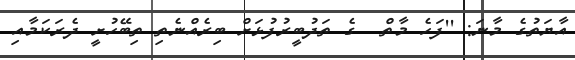
އާޔަތުގެ މާނަ: ''ފަހެ މާތް  ގެ ތަދުބީރުފުޅަށް ބިރެއްނެތި ތިބޭހުށީ ދެރަކަމާއި